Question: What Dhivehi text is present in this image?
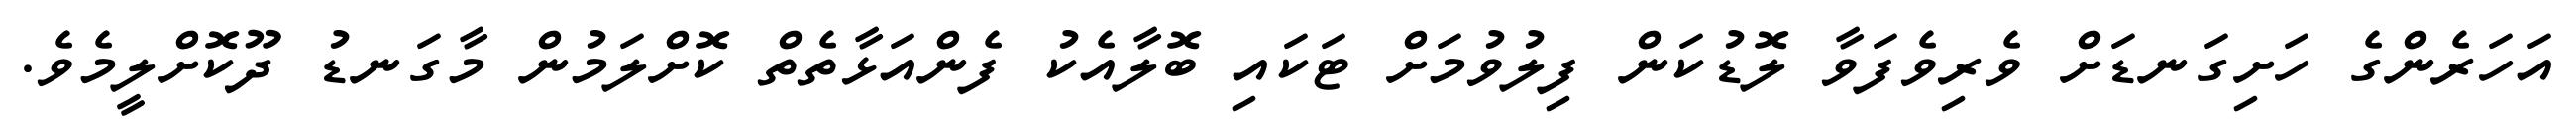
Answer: އަހަރެންގެ ހަށިގަނޑަށް ވެރިވެފަވާ ލޮޑުކަން ފިލުވުމަށް ޓަކައި ބޮލާއެކު ފެންއަޅާތެތް ކޮށްލަމުން މާގަނޑު ދޫކޮށްލީމެވެ.